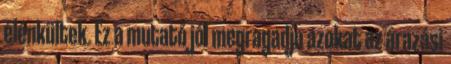
élénkültek. Ez a mutató jól megragadja azokat az árazási